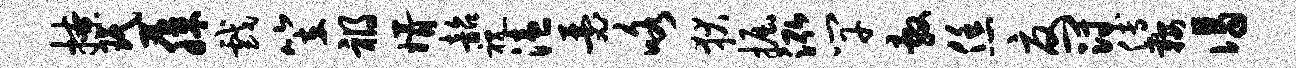
撩珉藤戏笠祸婿韶视溘瑟咯狄掘泓竿敷恁夏冠傅鞍谒